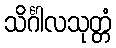
သိင်္ဂါလသုတ္တံ